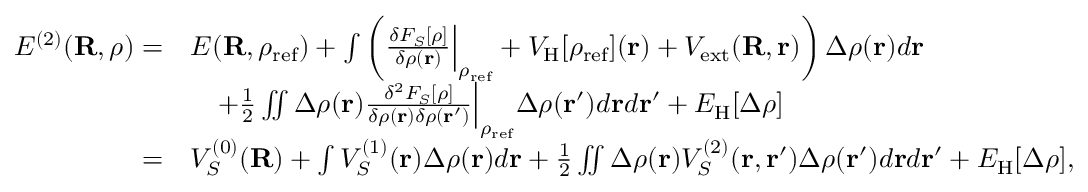
\begin{array} { r l } { E ^ { ( 2 ) } ( { \bf R } , \rho ) = } & { E ( { \bf R } , \rho _ { \mathrm { r e f } } ) + \int \left( \frac { \delta F _ { S } [ \rho ] } { \delta \rho ( { \bf r } ) } \Big \vert _ { \rho _ { \mathrm { r e f } } } + V _ { \mathrm { H } } [ \rho _ { \mathrm { r e f } } ] ( { \bf r } ) + V _ { \mathrm { e x t } } ( { \bf R , r } ) \right) \Delta \rho ( { \bf r } ) d { \bf r } } \\ & { ~ ~ ~ + \frac { 1 } { 2 } \iint \Delta \rho ( { \bf r } ) \frac { \delta ^ { 2 } F _ { S } [ \rho ] } { \delta \rho ( { \bf r } ) \delta \rho ( { \bf r ^ { \prime } } ) } \Big \vert _ { \rho _ { \mathrm { r e f } } } \Delta \rho ( { \bf r ^ { \prime } } ) d { \bf r } d { \bf r ^ { \prime } } + E _ { \mathrm { H } } [ \Delta \rho ] } \\ { = } & { V _ { S } ^ { ( 0 ) } ( { \bf R } ) + \int V _ { S } ^ { ( 1 ) } ( { \bf r } ) \Delta \rho ( { \bf r } ) d { \bf r } + \frac { 1 } { 2 } \iint \Delta \rho ( { \bf r } ) V _ { S } ^ { ( 2 ) } ( { \bf r , r ^ { \prime } } ) \Delta \rho ( { \bf r ^ { \prime } } ) d { \bf r } d { \bf r ^ { \prime } } + E _ { \mathrm { H } } [ \Delta \rho ] , } \end{array}